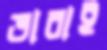
ভাবাই